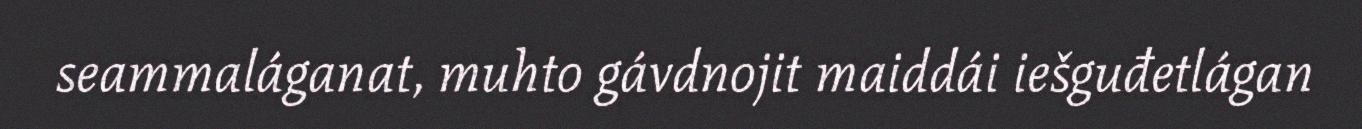
seammaláganat, muhto gávdnojit maiddái iešguđetlágan